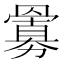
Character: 𮊜